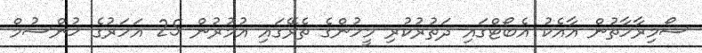
ސޯމިރާހާތުން އާއެކު އެބޯޓްގައި ދަތުރުކުރި މީހުންގެ ތެރޭގައި އުމުރުން 25 އަހަރުގެ ޚުންސުމް